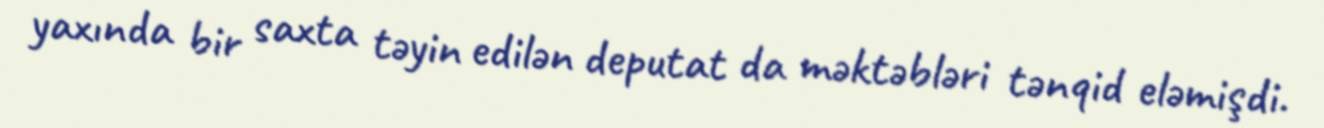
yaxında bir saxta təyin edilən deputat da məktəbləri tənqid eləmişdi.